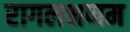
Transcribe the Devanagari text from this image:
रागलक्षणम